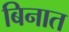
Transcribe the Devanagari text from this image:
बिनात